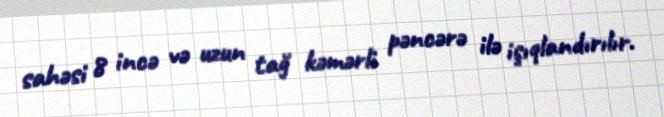
sahəsi 8 incə və uzun tağ kəmərli pəncərə ilə işıqlandırılır.